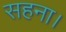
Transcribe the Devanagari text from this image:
सहना।